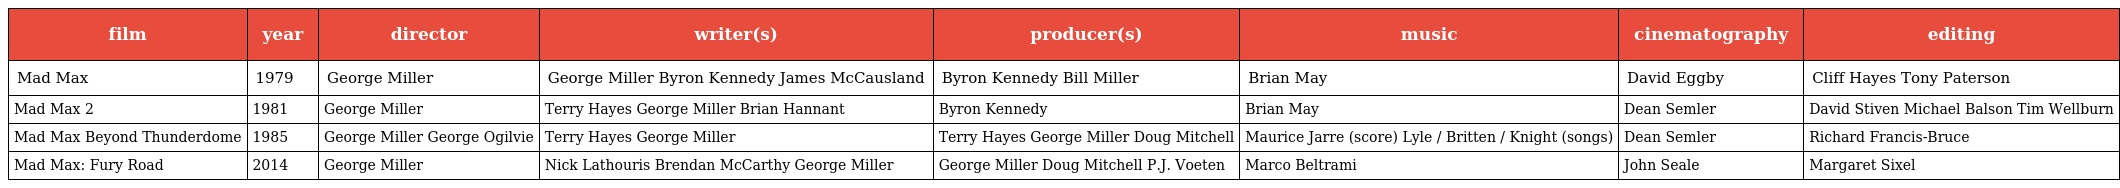
| film | year | director | writer(s) | producer(s) | music | cinematography | editing |
 | --- | --- | --- | --- | --- | --- | --- | --- |
 | Mad Max | 1979 | George Miller | George Miller Byron Kennedy James McCausland | Byron Kennedy Bill Miller | Brian May | David Eggby | Cliff Hayes Tony Paterson |
 | Mad Max 2 | 1981 | George Miller | Terry Hayes George Miller Brian Hannant | Byron Kennedy | Brian May | Dean Semler | David Stiven Michael Balson Tim Wellburn |
 | Mad Max Beyond Thunderdome | 1985 | George Miller George Ogilvie | Terry Hayes George Miller | Terry Hayes George Miller Doug Mitchell | Maurice Jarre (score) Lyle / Britten / Knight (songs) | Dean Semler | Richard Francis-Bruce |
 | Mad Max: Fury Road | 2014 | George Miller | Nick Lathouris Brendan McCarthy George Miller | George Miller Doug Mitchell P.J. Voeten | Marco Beltrami | John Seale | Margaret Sixel |